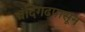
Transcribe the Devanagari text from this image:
चंदिगढपासून